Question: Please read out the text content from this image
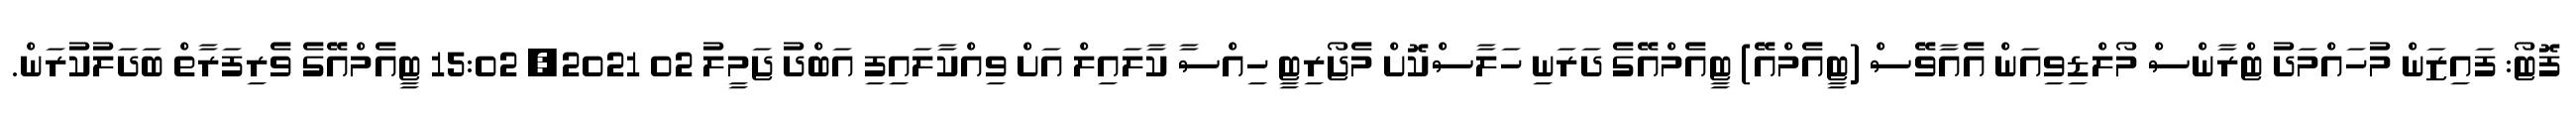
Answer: ފޮޓޯ: ފައިޒަން މުހައްމަދު ޓްރާންސް މޯލްޑިވިއަން އެއާވޭސް (ޓީއެމްއޭ) ޓީއެމްއޭގެ ދަރަނި ހަލާސްކޮށް މެޖޯރިޓީ ހިއްސާ ކާލައިލް އަށް ވިއްކާލައިފި އަބްދު ޖަމީލު 02 2021, 15:02 ޓީއެމްއޭގެ ވެރިފަރާތް ބަދަލުކުރަން.